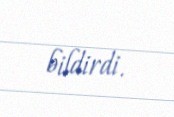
bildirdi.